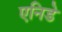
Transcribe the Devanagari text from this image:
एनिडे